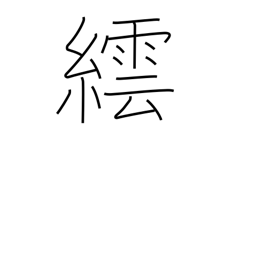
Meaning: a method of dyeing